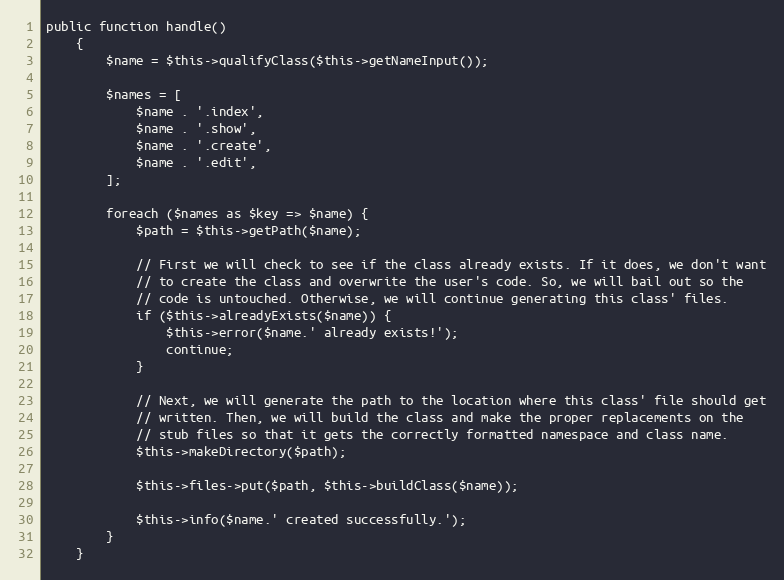
Language: PHP
public function handle()
    {
        $name = $this->qualifyClass($this->getNameInput());

        $names = [
            $name . '.index',
            $name . '.show',
            $name . '.create',
            $name . '.edit',
        ];

        foreach ($names as $key => $name) {
            $path = $this->getPath($name);

            // First we will check to see if the class already exists. If it does, we don't want
            // to create the class and overwrite the user's code. So, we will bail out so the
            // code is untouched. Otherwise, we will continue generating this class' files.
            if ($this->alreadyExists($name)) {
                $this->error($name.' already exists!');
                continue;
            }

            // Next, we will generate the path to the location where this class' file should get
            // written. Then, we will build the class and make the proper replacements on the
            // stub files so that it gets the correctly formatted namespace and class name.
            $this->makeDirectory($path);

            $this->files->put($path, $this->buildClass($name));

            $this->info($name.' created successfully.');
        }
    }